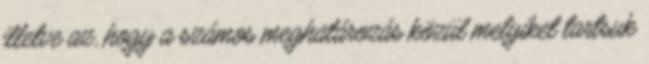
illetve az, hogy a számos meghatározás közül melyiket tartsuk